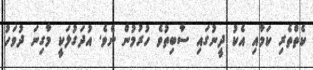
ކެތްތެރި ކަމާއި އެކު ދީނުގައި ސާބިތުވެ ހުރުމުން ނެވެ. އުދަގުލަކީ މާގިނަ ދުވަހު